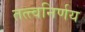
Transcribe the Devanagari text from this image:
तत्त्वनिर्णय